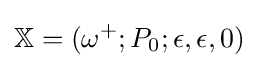
\mathbb {X} =(\omega ^{+};P_{0};\epsilon ,\epsilon ,0)